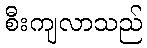
စီးကျလာသည်